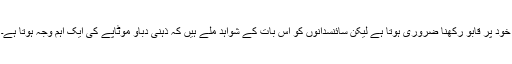
خود پر قابو رکھنا ضروری ہوتا ہے لیکن سائنسدانوں کو اس بات کے شواہد ملے ہیں کہ ذہنی دباؤ موٹاپے کی ایک اہم وجہ ہوتا ہے۔